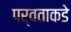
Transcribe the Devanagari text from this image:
पर्वताकडे